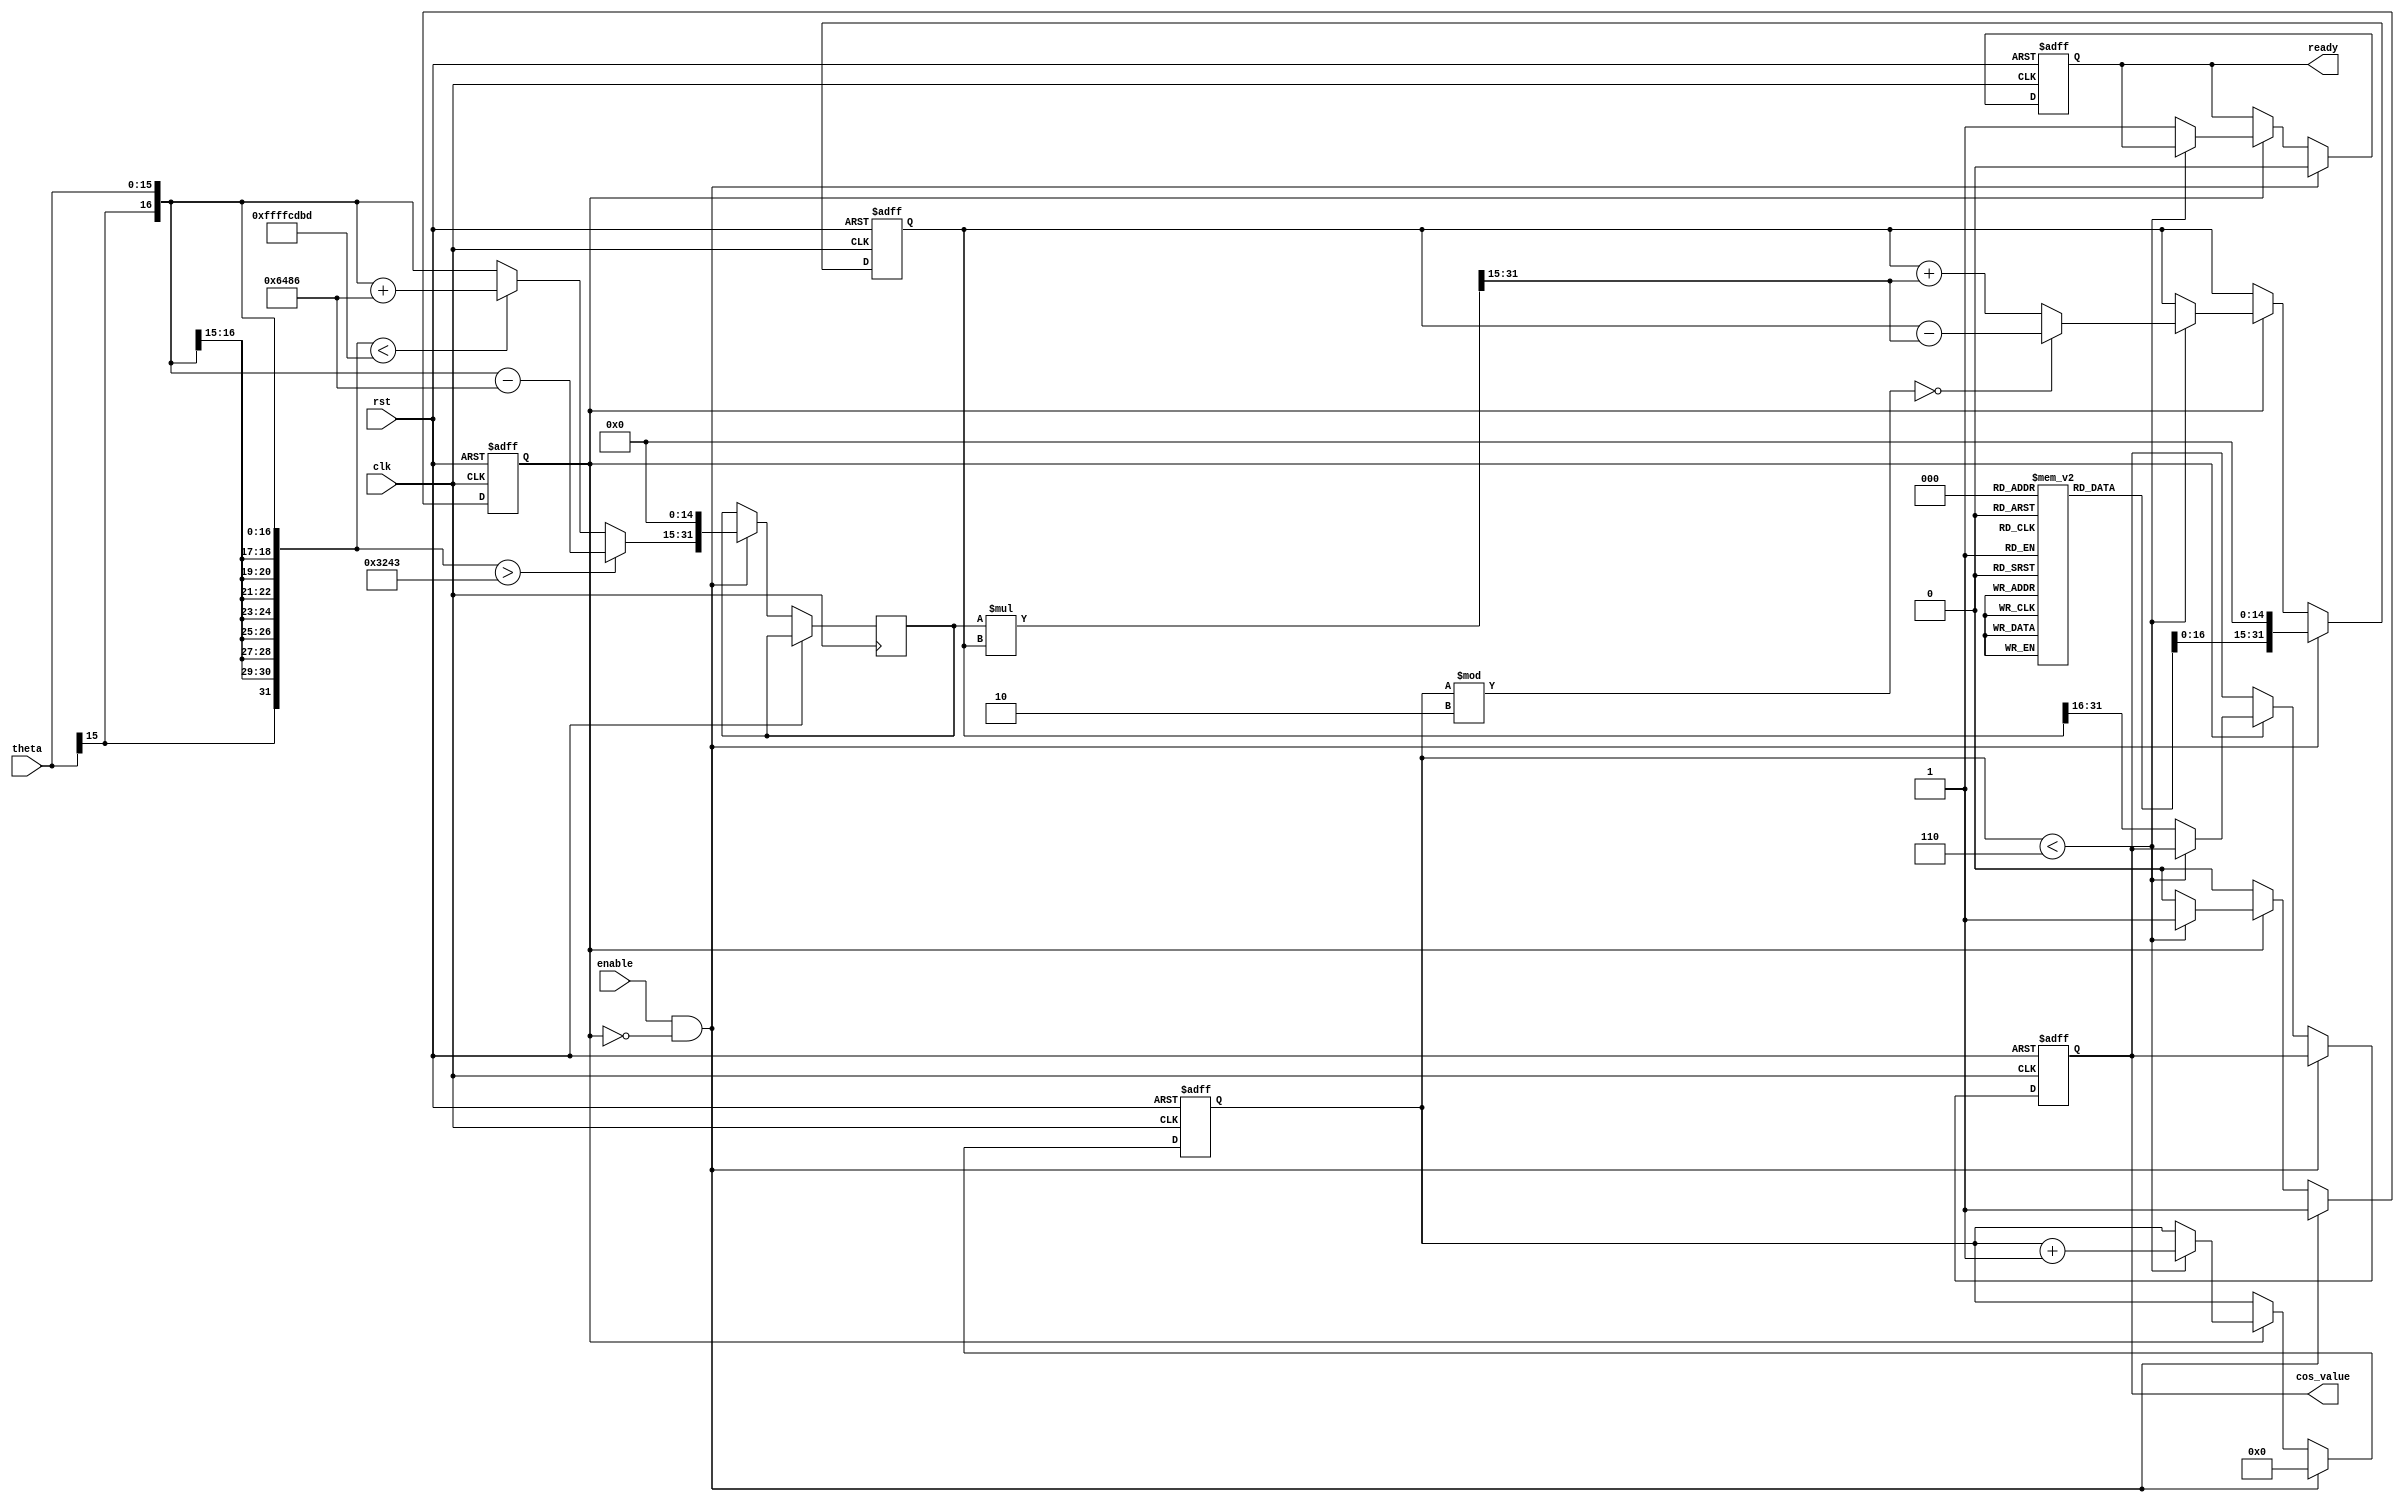
module cosine_block (
    input wire clk,
    input wire rst,
    input wire enable,
    input wire signed [15:0] theta, // Input angle in Q1.15 format
    output reg signed [15:0] cos_value, // Output cosine value in Q1.15 format
    output reg ready // Signal indicating computation is complete
);

    // Constants for fixed-point representation
    parameter PI = 16'h3243; //  in Q1.15 format (approximately 3.14159 * 32768)
    parameter TWO_PI = 16'h6486; // 2 in Q1.15 format (approximately 6.28318 * 32768)
    
    // Taylor series coefficients for cosine (up to x^6)
    reg signed [31:0] coeff[0:6];
    initial begin
        coeff[0] = 32'h00000001; // 1
        coeff[1] = 32'h00000000; // 0
        coeff[2] = 32'h80000000; // -1/2! = -0.5
        coeff[3] = 32'h00000000; // 0
        coeff[4] = 32'h3DCCCCCD; // 1/4! = 0.04166667
        coeff[5] = 32'h00000000; // 0
        coeff[6] = 32'hC16C16C1; // -1/6! = -0.00138889
    end

    // Internal signals
    reg signed [31:0] x; // Working variable for theta
    reg signed [31:0] term; // Current term in Taylor series
    reg [3:0] term_count; // Counter for terms in Taylor series
    reg signed [31:0] sum; // Accumulator for cosine value
    reg computing; // State of computation

    // Range reduction to [-, ]
    function signed [31:0] range_reduce(input signed [31:0] angle);
        begin
            if (angle > PI) begin
                range_reduce = angle - TWO_PI;
            end else if (angle < -PI) begin
                range_reduce = angle + TWO_PI;
            end else begin
                range_reduce = angle;
            end
        end
    endfunction

    // State machine for computation
    always @(posedge clk or posedge rst) begin
        if (rst) begin
            cos_value <= 16'h0000;
            ready <= 1'b0;
            computing <= 1'b0;
            term_count <= 0;
            sum <= 0;
        end else if (enable && !computing) begin
            // Start computation
            x <= range_reduce(theta) << 15; // Scale to Q1.31
            term_count <= 0;
            sum <= coeff[0] << 15; // Initialize sum with the first term (1 in Q1.15)
            computing <= 1'b1;
            ready <= 1'b0;
        end else if (computing) begin
            // Compute next term in Taylor series
            if (term_count < 6) begin
                term = (x * sum) >>> 15; // Calculate the next term
                if (term_count % 2 == 0) begin
                    sum <= sum - term; // Alternate signs
                end else begin
                    sum <= sum + term;
                end
                term_count <= term_count + 1;
            end else begin
                // Finished computing
                cos_value <= sum[31:16]; // Scale back to Q1.15
                ready <= 1'b1;
                computing <= 1'b0;
            end
        end
    end

endmodule